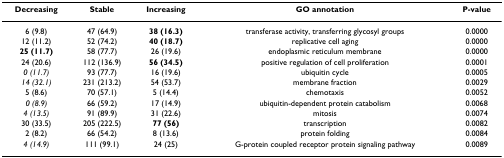
| Decreasing | Stable | Increasing | GO annotation | P-value |
 | --- | --- | --- | --- | --- |
 | 6 (9.8) | 47 (64.9) | 38 (16.3) | transferase activity, transferring glycosyl groups | 0.0000 |
 | 12 (11.2) | 52 (74.2) | 40 (18.7) | replicative cell aging | 0.0000 |
 | 25 (11.7) | 58 (77.7) | 26 (19.6) | endoplasmic reticulum membrane | 0.0000 |
 | 24 (20.6) | 112 (136.9) | 56 (34.5) | positive regulation of cell proliferation | 0.0001 |
 | 0 (11.7) | 93 (77.7) | 16 (19.6) | ubiquitin cycle | 0.0005 |
 | 14 (32.1) | 231 (213.2) | 54 (53.7) | membrane fraction | 0.0029 |
 | 5 (8.6) | 70 (57.1) | 5 (14.4) | chemotaxis | 0.0052 |
 | 0 (8.9) | 66 (59.2) | 17 (14.9) | ubiquitin-dependent protein catabolism | 0.0068 |
 | 4 (13.5) | 91 (89.9) | 31 (22.6) | mitosis | 0.0074 |
 | 30 (33.5) | 205 (222.5) | 77 (56) | transcription | 0.0082 |
 | 2 (8.2) | 66 (54.2) | 8 (13.6) | protein folding | 0.0084 |
 | 4 (14.9) | 111 (99.1) | 24 (25) | G-protein coupled receptor protein signaling pathway | 0.0089 |